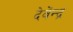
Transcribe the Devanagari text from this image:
देवेंन्द्र